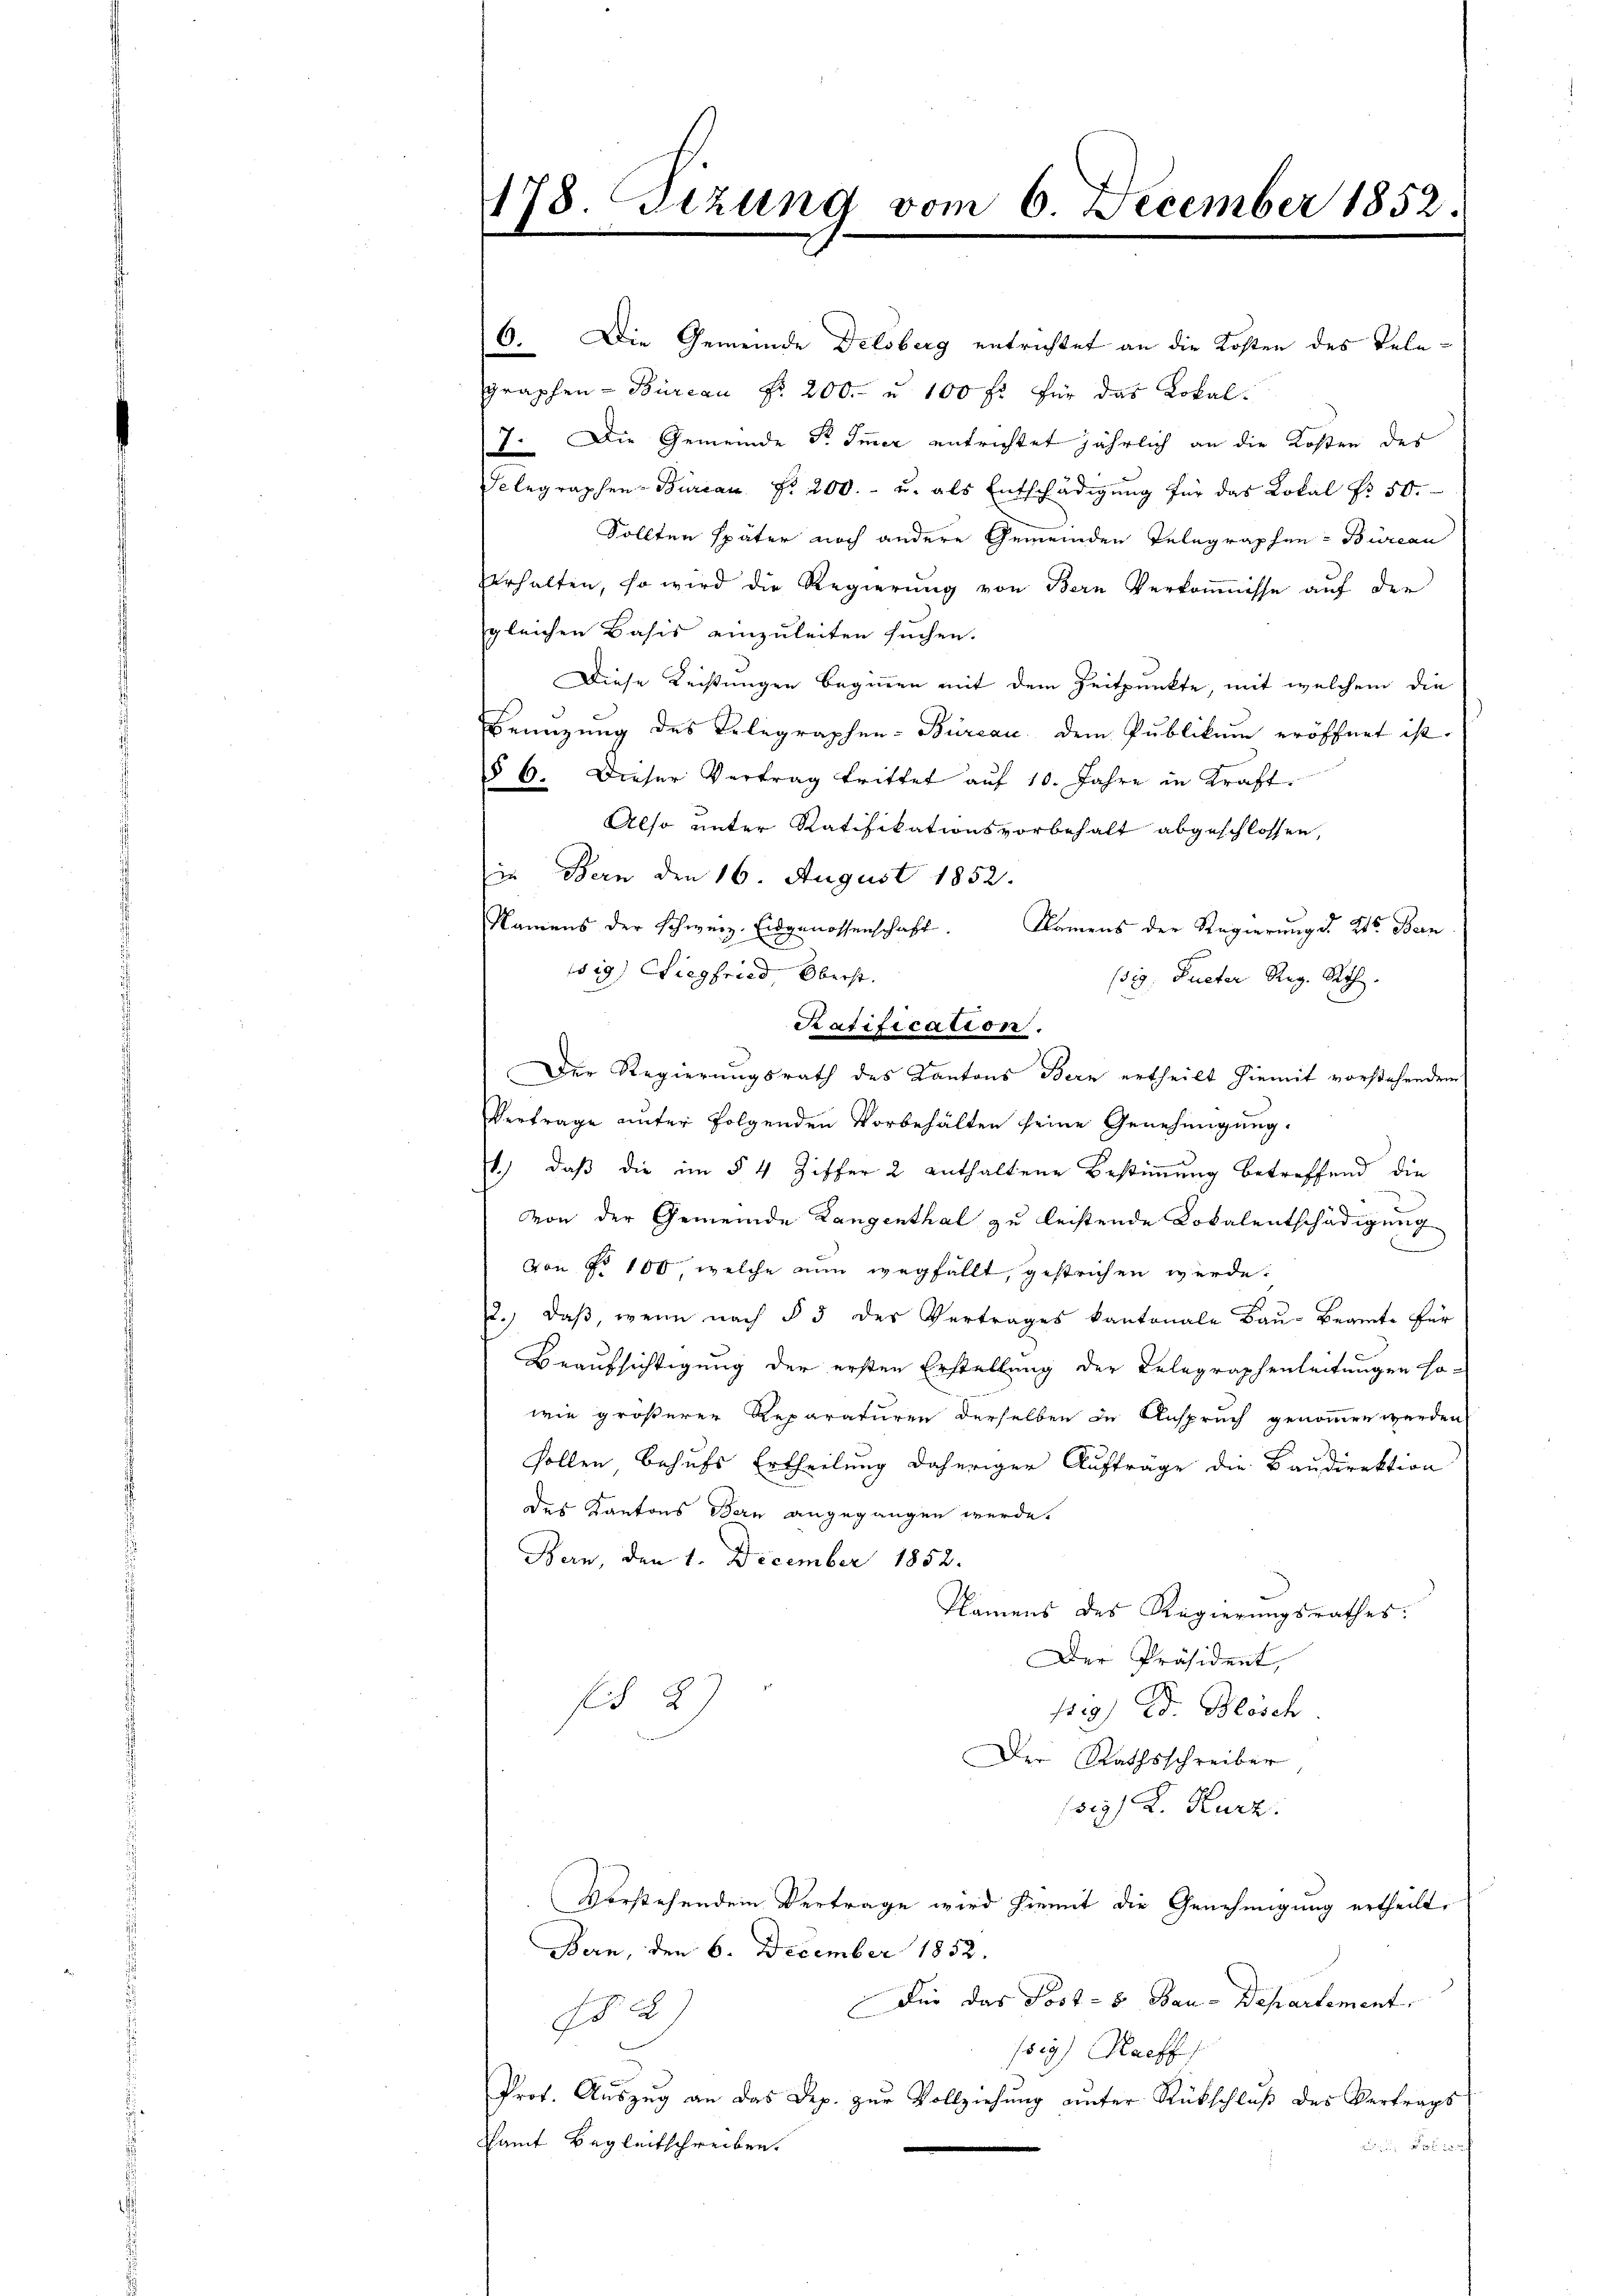
6. Die Gemeinde Delsberg entrichtet an die Kosten des Telegraphen-Bureau Fr. 200.- u. 100 fl für das Lokal¬
7. Die Gemeinde Fr. Immer entrichtet jährlich an die Kosten des
Selegraphen-Bureau §. 200.- u. als Entschädigung für das Lokal Nr. 50.
Sollten später noch andere Gemeinden Telegraphen-Bureau
verhalten, so wird die Regierung von Bern Verkoṁnisse auf den
gleichen Basis einzuleiten suchen.
Diese Reistungen beginnen mit dem Zeitpunkte, mit welchem die
Benuzung des Telegraphen-Büreau dem Publikum eröffnet ist.
§ 6. Dieser Vertrag trittet auf 10. Jahre in Kraft.
Also unter Ratifikationsvorbehalt abgeschlossen,
in Bern den 16. August 1852.
Namens der Schweiz. Eidgenossenschaft.
Namens der Regierung d. 2ter Bern
wig) Siegfried Oberst
(319, Pueter Reg. Rth.
Ratification.
Der Regierungsrath des Kantons Bern ertheilt hiemit vorstehendem
Vertrage unter folgenden Vorbehalten seine Genehmigung.
1.) daß die im § 4 Ziffer 2 enthaltene Bestimmung betreffend die
Von der Gemeinde Langenthal zu leistende Lokalentschädigung
von No 100, welche nun wegfällt, gestrichen werde.
2. daβ, wenn nach § 5 des Vertrages kantonale Baŭ-Beamte für
Beaufsichtigung der ersten Erstellung der Belegraphenleitungen ho-
wie größerer Reparaturen derselben in Anspruch genommen werden
sollen behufs Ertheilung daheriger Aufträge die Baudirektion
des Kantons Bern angegangen werde.
Bern, den 1. December 1852.
Namens des Regierungsrathes.
Der Präsident,
f 2
119) Ed. Blosch
Der Rathsschreiber,
sey) L. Kurz.
vorstehenden Vertrage wird hiemit die Genehmigung ertheilt,
Bern, den 6. December 1852.
Für das Post- 8. Bau-Departement,
182
/sey) Nachf
Prof. Auszug an das Dep. zur Vollziehung unter Rückschluß des Vertrags
Samt Begleitschreiben.
und in der in

178. setzung vom 6 December 1852.